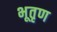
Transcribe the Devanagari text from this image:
भूतृण